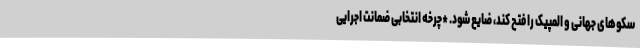
سکوهای جهانی و المپیک را فتح کند، ضایع شود. *چرخه انتخابی ضمانت اجرایی